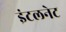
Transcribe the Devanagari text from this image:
इंटलनेट